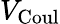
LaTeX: V_{\mathrm{Coul}}